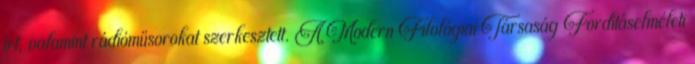
írt, valamint rádióműsorokat szerkesztett. A Modern Filológiai Társaság Fordításelméleti